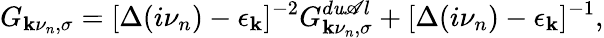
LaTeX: G_{\mathbf{k}\nu_{n},\sigma}=[\Delta(i\nu_{n})-\epsilon_{\mathbf{k}}]^{-2}G_{\mathbf{k}\nu_{n},\sigma}^{d\mathit{u}\mathscr{A}l}+[\Delta(i\nu_{n})-\epsilon_{\mathbf{k}}]^{-1},